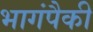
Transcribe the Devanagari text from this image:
भागंपैकी